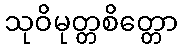
သုဝိမုတ္တစိတ္တော